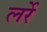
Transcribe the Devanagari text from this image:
लर्रे